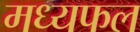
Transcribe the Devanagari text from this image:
मध्यफल